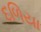
દળિયા